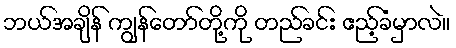
ဘယ်အချိန် ကျွန်တော်တို့ကို တည်ခင်း ဧည့်ခံမှာလဲ။